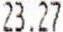
23.27